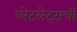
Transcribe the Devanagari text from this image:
प्लेटलेट्‌सची